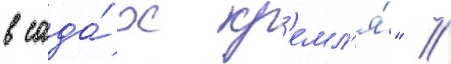
в сада́х кр'емл'я́" //